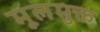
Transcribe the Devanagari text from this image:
मूलमुक्त